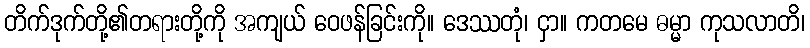
တိက်ဒုက်တို့၏တရားတို့ကို အကျယ် ဝေဖန်ခြင်းကို။ ဒေဿတုံ၊ ငှာ။ ကတမေ ဓမ္မာ ကုသလာတိ၊